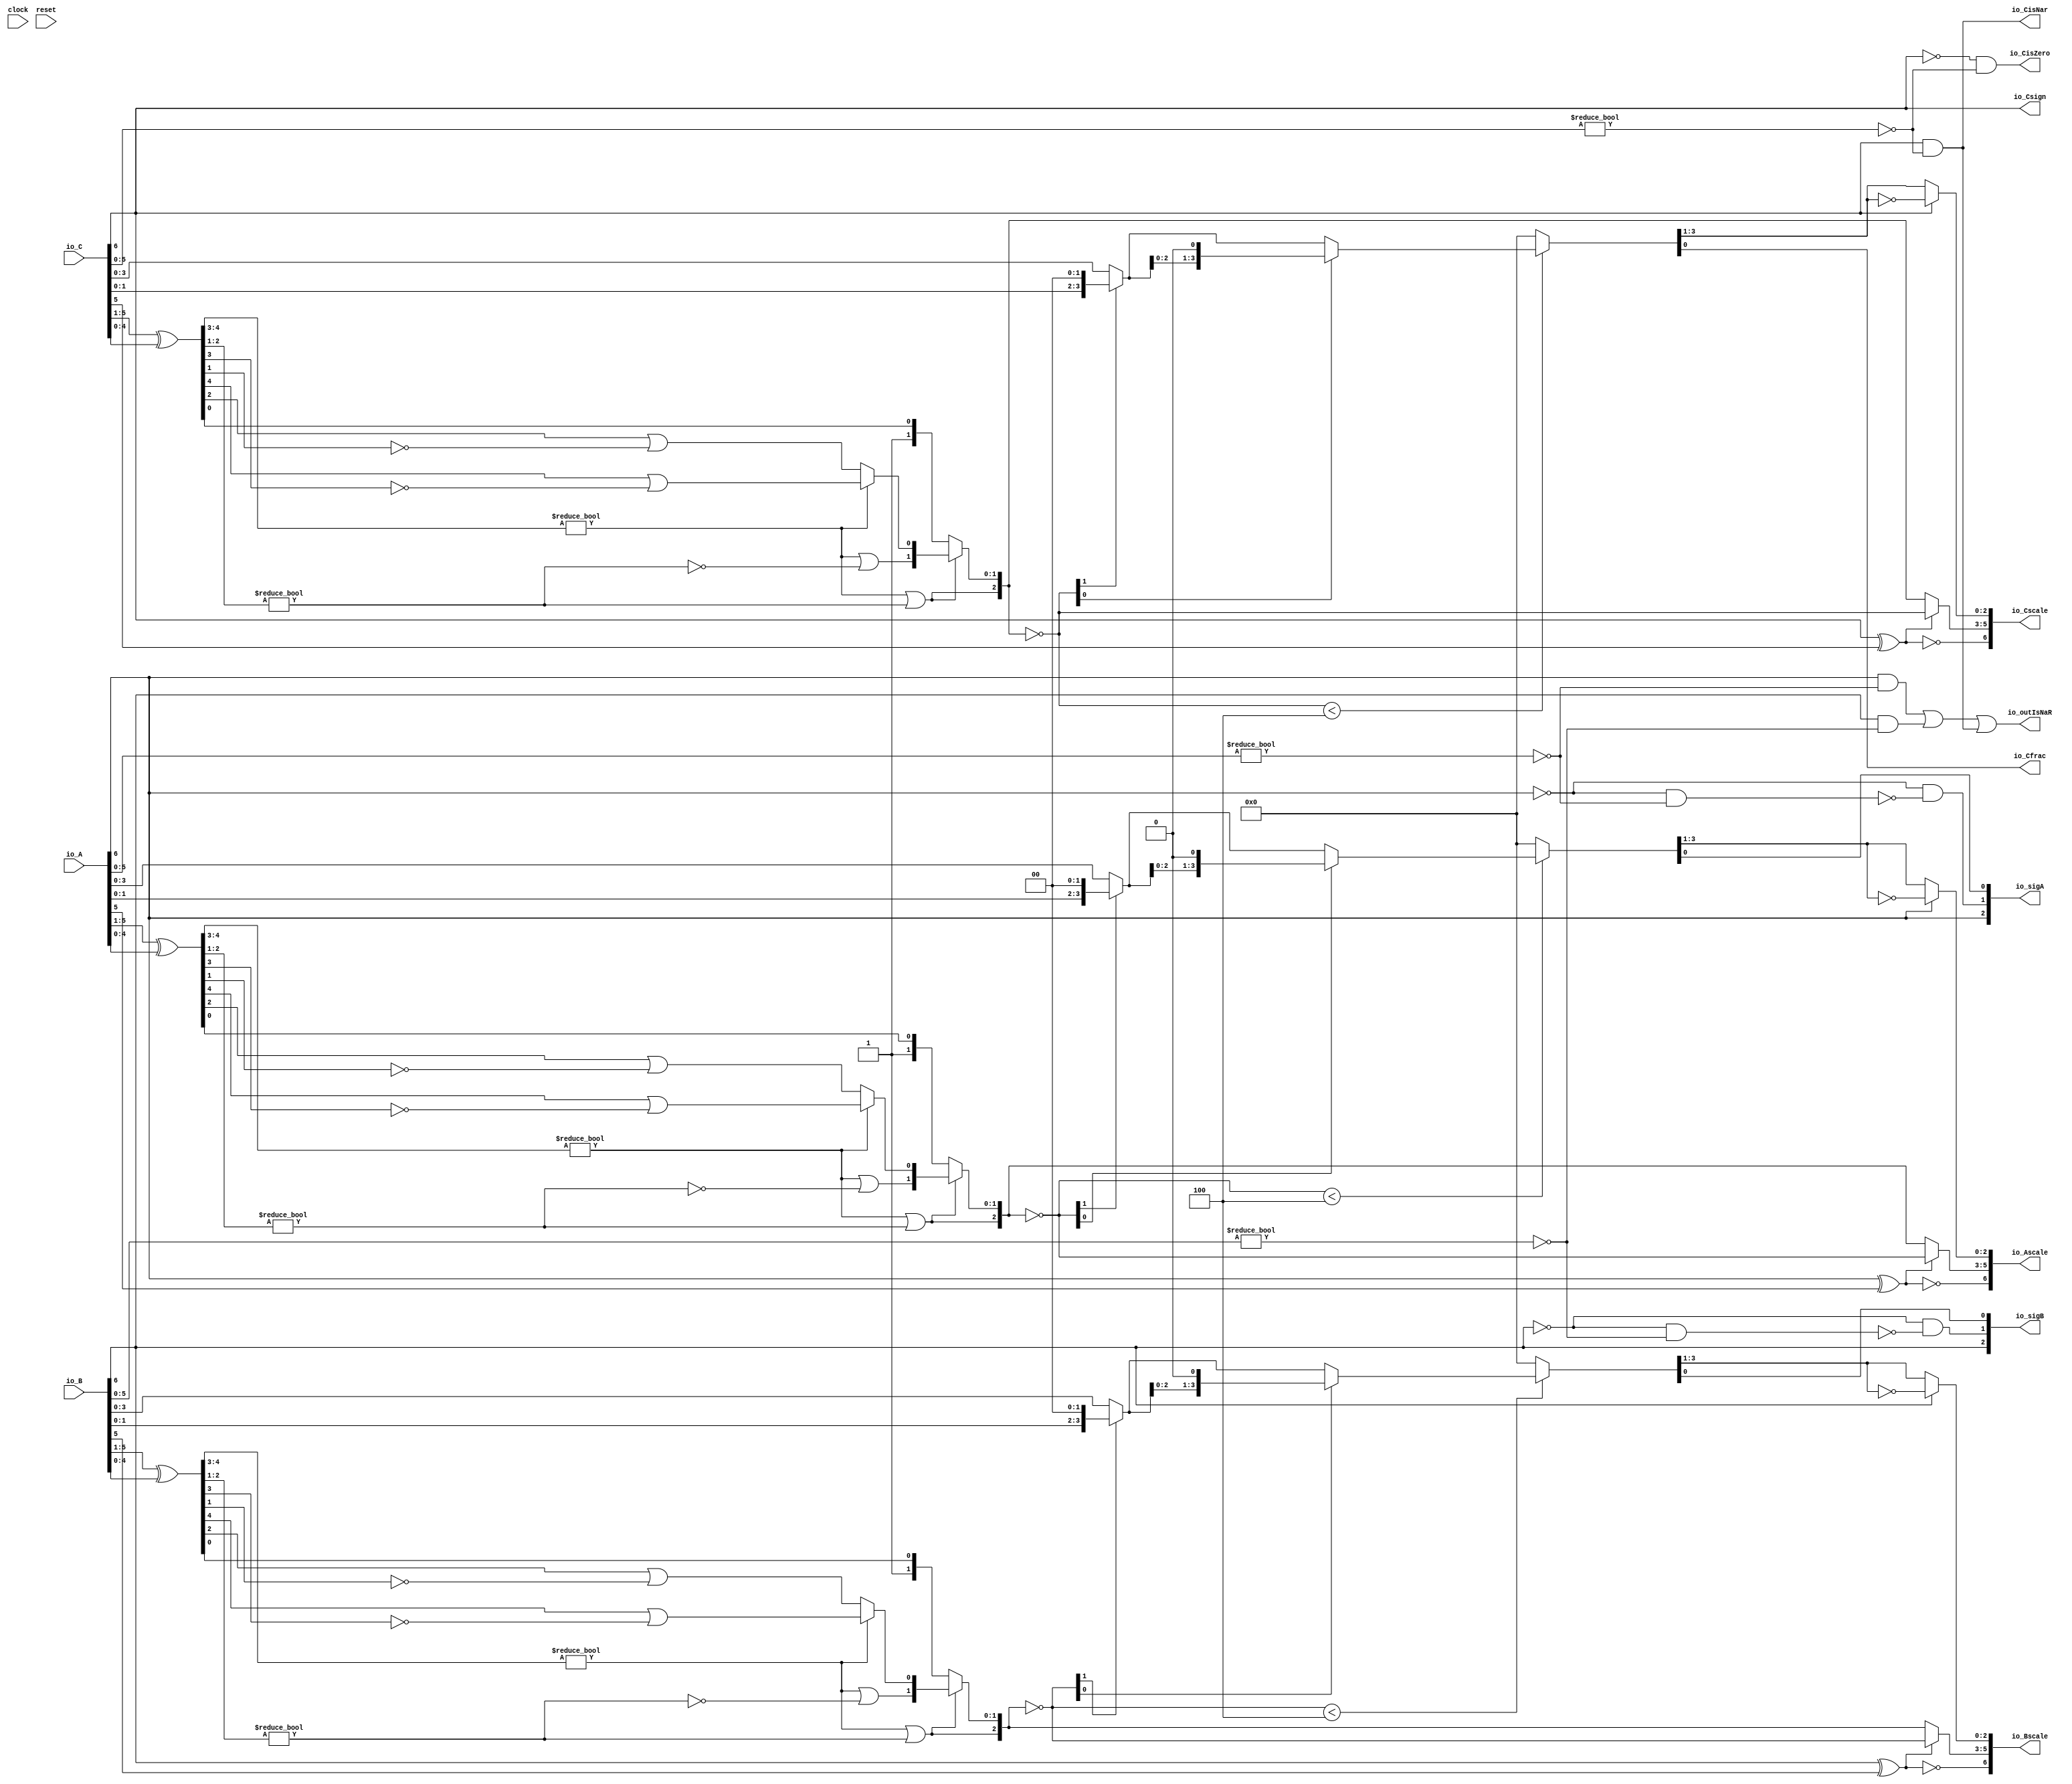
module FMA_Dec7_3(
  input        clock,
  input        reset,
  input  [6:0] io_A,
  input  [6:0] io_B,
  input  [6:0] io_C,
  output [2:0] io_sigA,
  output [2:0] io_sigB,
  output       io_outIsNaR,
  output       io_Csign,
  output       io_CisNar,
  output       io_CisZero,
  output       io_Cfrac,
  output [6:0] io_Ascale,
  output [6:0] io_Bscale,
  output [6:0] io_Cscale
);
  wire [7:0] _T_2; // @[FMA_Dec.scala 38:46]
  wire [6:0] realA; // @[FMA_Dec.scala 38:46]
  wire [7:0] _T_5; // @[FMA_Dec.scala 39:46]
  wire [6:0] realC; // @[FMA_Dec.scala 39:46]
  wire  _T_7; // @[convert.scala 18:24]
  wire  _T_8; // @[convert.scala 18:40]
  wire  _T_9; // @[convert.scala 18:36]
  wire [4:0] _T_10; // @[convert.scala 19:24]
  wire [4:0] _T_11; // @[convert.scala 19:43]
  wire [4:0] _T_12; // @[convert.scala 19:39]
  wire [3:0] _T_13; // @[LZD.scala 43:32]
  wire [1:0] _T_14; // @[LZD.scala 43:32]
  wire  _T_15; // @[LZD.scala 39:14]
  wire  _T_16; // @[LZD.scala 39:21]
  wire  _T_17; // @[LZD.scala 39:30]
  wire  _T_18; // @[LZD.scala 39:27]
  wire  _T_19; // @[LZD.scala 39:25]
  wire [1:0] _T_20; // @[Cat.scala 29:58]
  wire [1:0] _T_21; // @[LZD.scala 44:32]
  wire  _T_22; // @[LZD.scala 39:14]
  wire  _T_23; // @[LZD.scala 39:21]
  wire  _T_24; // @[LZD.scala 39:30]
  wire  _T_25; // @[LZD.scala 39:27]
  wire  _T_26; // @[LZD.scala 39:25]
  wire [1:0] _T_27; // @[Cat.scala 29:58]
  wire  _T_28; // @[Shift.scala 12:21]
  wire  _T_29; // @[Shift.scala 12:21]
  wire  _T_30; // @[LZD.scala 49:16]
  wire  _T_31; // @[LZD.scala 49:27]
  wire  _T_32; // @[LZD.scala 49:25]
  wire  _T_33; // @[LZD.scala 49:47]
  wire  _T_34; // @[LZD.scala 49:59]
  wire  _T_35; // @[LZD.scala 49:35]
  wire [2:0] _T_37; // @[Cat.scala 29:58]
  wire  _T_38; // @[LZD.scala 44:32]
  wire  _T_40; // @[Shift.scala 12:21]
  wire [1:0] _T_42; // @[Cat.scala 29:58]
  wire [1:0] _T_43; // @[LZD.scala 55:32]
  wire [1:0] _T_44; // @[LZD.scala 55:20]
  wire [2:0] _T_45; // @[Cat.scala 29:58]
  wire [2:0] _T_46; // @[convert.scala 21:22]
  wire [3:0] _T_47; // @[convert.scala 22:36]
  wire  _T_48; // @[Shift.scala 16:24]
  wire [1:0] _T_49; // @[Shift.scala 17:37]
  wire  _T_50; // @[Shift.scala 12:21]
  wire [1:0] _T_51; // @[Shift.scala 64:52]
  wire [3:0] _T_53; // @[Cat.scala 29:58]
  wire [3:0] _T_54; // @[Shift.scala 64:27]
  wire  _T_55; // @[Shift.scala 66:70]
  wire [2:0] _T_57; // @[Shift.scala 64:52]
  wire [3:0] _T_58; // @[Cat.scala 29:58]
  wire [3:0] _T_59; // @[Shift.scala 64:27]
  wire [3:0] _T_60; // @[Shift.scala 16:10]
  wire [2:0] _T_61; // @[convert.scala 23:34]
  wire  decA_fraction; // @[convert.scala 24:34]
  wire  _T_63; // @[convert.scala 25:26]
  wire [2:0] _T_65; // @[convert.scala 25:42]
  wire [2:0] _T_68; // @[convert.scala 26:67]
  wire [2:0] _T_69; // @[convert.scala 26:51]
  wire [6:0] _T_70; // @[Cat.scala 29:58]
  wire [5:0] _T_72; // @[convert.scala 29:56]
  wire  _T_73; // @[convert.scala 29:60]
  wire  _T_74; // @[convert.scala 29:41]
  wire  decA_isNaR; // @[convert.scala 29:39]
  wire  _T_77; // @[convert.scala 30:19]
  wire  decA_isZero; // @[convert.scala 30:41]
  wire  _T_86; // @[convert.scala 18:24]
  wire  _T_87; // @[convert.scala 18:40]
  wire  _T_88; // @[convert.scala 18:36]
  wire [4:0] _T_89; // @[convert.scala 19:24]
  wire [4:0] _T_90; // @[convert.scala 19:43]
  wire [4:0] _T_91; // @[convert.scala 19:39]
  wire [3:0] _T_92; // @[LZD.scala 43:32]
  wire [1:0] _T_93; // @[LZD.scala 43:32]
  wire  _T_94; // @[LZD.scala 39:14]
  wire  _T_95; // @[LZD.scala 39:21]
  wire  _T_96; // @[LZD.scala 39:30]
  wire  _T_97; // @[LZD.scala 39:27]
  wire  _T_98; // @[LZD.scala 39:25]
  wire [1:0] _T_99; // @[Cat.scala 29:58]
  wire [1:0] _T_100; // @[LZD.scala 44:32]
  wire  _T_101; // @[LZD.scala 39:14]
  wire  _T_102; // @[LZD.scala 39:21]
  wire  _T_103; // @[LZD.scala 39:30]
  wire  _T_104; // @[LZD.scala 39:27]
  wire  _T_105; // @[LZD.scala 39:25]
  wire [1:0] _T_106; // @[Cat.scala 29:58]
  wire  _T_107; // @[Shift.scala 12:21]
  wire  _T_108; // @[Shift.scala 12:21]
  wire  _T_109; // @[LZD.scala 49:16]
  wire  _T_110; // @[LZD.scala 49:27]
  wire  _T_111; // @[LZD.scala 49:25]
  wire  _T_112; // @[LZD.scala 49:47]
  wire  _T_113; // @[LZD.scala 49:59]
  wire  _T_114; // @[LZD.scala 49:35]
  wire [2:0] _T_116; // @[Cat.scala 29:58]
  wire  _T_117; // @[LZD.scala 44:32]
  wire  _T_119; // @[Shift.scala 12:21]
  wire [1:0] _T_121; // @[Cat.scala 29:58]
  wire [1:0] _T_122; // @[LZD.scala 55:32]
  wire [1:0] _T_123; // @[LZD.scala 55:20]
  wire [2:0] _T_124; // @[Cat.scala 29:58]
  wire [2:0] _T_125; // @[convert.scala 21:22]
  wire [3:0] _T_126; // @[convert.scala 22:36]
  wire  _T_127; // @[Shift.scala 16:24]
  wire [1:0] _T_128; // @[Shift.scala 17:37]
  wire  _T_129; // @[Shift.scala 12:21]
  wire [1:0] _T_130; // @[Shift.scala 64:52]
  wire [3:0] _T_132; // @[Cat.scala 29:58]
  wire [3:0] _T_133; // @[Shift.scala 64:27]
  wire  _T_134; // @[Shift.scala 66:70]
  wire [2:0] _T_136; // @[Shift.scala 64:52]
  wire [3:0] _T_137; // @[Cat.scala 29:58]
  wire [3:0] _T_138; // @[Shift.scala 64:27]
  wire [3:0] _T_139; // @[Shift.scala 16:10]
  wire [2:0] _T_140; // @[convert.scala 23:34]
  wire  decB_fraction; // @[convert.scala 24:34]
  wire  _T_142; // @[convert.scala 25:26]
  wire [2:0] _T_144; // @[convert.scala 25:42]
  wire [2:0] _T_147; // @[convert.scala 26:67]
  wire [2:0] _T_148; // @[convert.scala 26:51]
  wire [6:0] _T_149; // @[Cat.scala 29:58]
  wire [5:0] _T_151; // @[convert.scala 29:56]
  wire  _T_152; // @[convert.scala 29:60]
  wire  _T_153; // @[convert.scala 29:41]
  wire  decB_isNaR; // @[convert.scala 29:39]
  wire  _T_156; // @[convert.scala 30:19]
  wire  decB_isZero; // @[convert.scala 30:41]
  wire  _T_165; // @[convert.scala 18:24]
  wire  _T_166; // @[convert.scala 18:40]
  wire  _T_167; // @[convert.scala 18:36]
  wire [4:0] _T_168; // @[convert.scala 19:24]
  wire [4:0] _T_169; // @[convert.scala 19:43]
  wire [4:0] _T_170; // @[convert.scala 19:39]
  wire [3:0] _T_171; // @[LZD.scala 43:32]
  wire [1:0] _T_172; // @[LZD.scala 43:32]
  wire  _T_173; // @[LZD.scala 39:14]
  wire  _T_174; // @[LZD.scala 39:21]
  wire  _T_175; // @[LZD.scala 39:30]
  wire  _T_176; // @[LZD.scala 39:27]
  wire  _T_177; // @[LZD.scala 39:25]
  wire [1:0] _T_178; // @[Cat.scala 29:58]
  wire [1:0] _T_179; // @[LZD.scala 44:32]
  wire  _T_180; // @[LZD.scala 39:14]
  wire  _T_181; // @[LZD.scala 39:21]
  wire  _T_182; // @[LZD.scala 39:30]
  wire  _T_183; // @[LZD.scala 39:27]
  wire  _T_184; // @[LZD.scala 39:25]
  wire [1:0] _T_185; // @[Cat.scala 29:58]
  wire  _T_186; // @[Shift.scala 12:21]
  wire  _T_187; // @[Shift.scala 12:21]
  wire  _T_188; // @[LZD.scala 49:16]
  wire  _T_189; // @[LZD.scala 49:27]
  wire  _T_190; // @[LZD.scala 49:25]
  wire  _T_191; // @[LZD.scala 49:47]
  wire  _T_192; // @[LZD.scala 49:59]
  wire  _T_193; // @[LZD.scala 49:35]
  wire [2:0] _T_195; // @[Cat.scala 29:58]
  wire  _T_196; // @[LZD.scala 44:32]
  wire  _T_198; // @[Shift.scala 12:21]
  wire [1:0] _T_200; // @[Cat.scala 29:58]
  wire [1:0] _T_201; // @[LZD.scala 55:32]
  wire [1:0] _T_202; // @[LZD.scala 55:20]
  wire [2:0] _T_203; // @[Cat.scala 29:58]
  wire [2:0] _T_204; // @[convert.scala 21:22]
  wire [3:0] _T_205; // @[convert.scala 22:36]
  wire  _T_206; // @[Shift.scala 16:24]
  wire [1:0] _T_207; // @[Shift.scala 17:37]
  wire  _T_208; // @[Shift.scala 12:21]
  wire [1:0] _T_209; // @[Shift.scala 64:52]
  wire [3:0] _T_211; // @[Cat.scala 29:58]
  wire [3:0] _T_212; // @[Shift.scala 64:27]
  wire  _T_213; // @[Shift.scala 66:70]
  wire [2:0] _T_215; // @[Shift.scala 64:52]
  wire [3:0] _T_216; // @[Cat.scala 29:58]
  wire [3:0] _T_217; // @[Shift.scala 64:27]
  wire [3:0] _T_218; // @[Shift.scala 16:10]
  wire [2:0] _T_219; // @[convert.scala 23:34]
  wire  _T_221; // @[convert.scala 25:26]
  wire [2:0] _T_223; // @[convert.scala 25:42]
  wire [2:0] _T_226; // @[convert.scala 26:67]
  wire [2:0] _T_227; // @[convert.scala 26:51]
  wire [6:0] _T_228; // @[Cat.scala 29:58]
  wire [5:0] _T_230; // @[convert.scala 29:56]
  wire  _T_231; // @[convert.scala 29:60]
  wire  _T_232; // @[convert.scala 29:41]
  wire  decC_isNaR; // @[convert.scala 29:39]
  wire  _T_235; // @[convert.scala 30:19]
  wire  _T_243; // @[FMA_Dec.scala 46:30]
  wire  _T_245; // @[FMA_Dec.scala 49:34]
  wire  _T_246; // @[FMA_Dec.scala 49:47]
  wire  _T_247; // @[FMA_Dec.scala 49:45]
  wire [2:0] _T_249; // @[Cat.scala 29:58]
  wire  _T_251; // @[FMA_Dec.scala 50:34]
  wire  _T_252; // @[FMA_Dec.scala 50:47]
  wire  _T_253; // @[FMA_Dec.scala 50:45]
  wire [2:0] _T_255; // @[Cat.scala 29:58]
  assign _T_2 = {{1'd0}, io_A}; // @[FMA_Dec.scala 38:46]
  assign realA = _T_2[6:0]; // @[FMA_Dec.scala 38:46]
  assign _T_5 = {{1'd0}, io_C}; // @[FMA_Dec.scala 39:46]
  assign realC = _T_5[6:0]; // @[FMA_Dec.scala 39:46]
  assign _T_7 = realA[6]; // @[convert.scala 18:24]
  assign _T_8 = realA[5]; // @[convert.scala 18:40]
  assign _T_9 = _T_7 ^ _T_8; // @[convert.scala 18:36]
  assign _T_10 = realA[5:1]; // @[convert.scala 19:24]
  assign _T_11 = realA[4:0]; // @[convert.scala 19:43]
  assign _T_12 = _T_10 ^ _T_11; // @[convert.scala 19:39]
  assign _T_13 = _T_12[4:1]; // @[LZD.scala 43:32]
  assign _T_14 = _T_13[3:2]; // @[LZD.scala 43:32]
  assign _T_15 = _T_14 != 2'h0; // @[LZD.scala 39:14]
  assign _T_16 = _T_14[1]; // @[LZD.scala 39:21]
  assign _T_17 = _T_14[0]; // @[LZD.scala 39:30]
  assign _T_18 = ~ _T_17; // @[LZD.scala 39:27]
  assign _T_19 = _T_16 | _T_18; // @[LZD.scala 39:25]
  assign _T_20 = {_T_15,_T_19}; // @[Cat.scala 29:58]
  assign _T_21 = _T_13[1:0]; // @[LZD.scala 44:32]
  assign _T_22 = _T_21 != 2'h0; // @[LZD.scala 39:14]
  assign _T_23 = _T_21[1]; // @[LZD.scala 39:21]
  assign _T_24 = _T_21[0]; // @[LZD.scala 39:30]
  assign _T_25 = ~ _T_24; // @[LZD.scala 39:27]
  assign _T_26 = _T_23 | _T_25; // @[LZD.scala 39:25]
  assign _T_27 = {_T_22,_T_26}; // @[Cat.scala 29:58]
  assign _T_28 = _T_20[1]; // @[Shift.scala 12:21]
  assign _T_29 = _T_27[1]; // @[Shift.scala 12:21]
  assign _T_30 = _T_28 | _T_29; // @[LZD.scala 49:16]
  assign _T_31 = ~ _T_29; // @[LZD.scala 49:27]
  assign _T_32 = _T_28 | _T_31; // @[LZD.scala 49:25]
  assign _T_33 = _T_20[0:0]; // @[LZD.scala 49:47]
  assign _T_34 = _T_27[0:0]; // @[LZD.scala 49:59]
  assign _T_35 = _T_28 ? _T_33 : _T_34; // @[LZD.scala 49:35]
  assign _T_37 = {_T_30,_T_32,_T_35}; // @[Cat.scala 29:58]
  assign _T_38 = _T_12[0:0]; // @[LZD.scala 44:32]
  assign _T_40 = _T_37[2]; // @[Shift.scala 12:21]
  assign _T_42 = {1'h1,_T_38}; // @[Cat.scala 29:58]
  assign _T_43 = _T_37[1:0]; // @[LZD.scala 55:32]
  assign _T_44 = _T_40 ? _T_43 : _T_42; // @[LZD.scala 55:20]
  assign _T_45 = {_T_40,_T_44}; // @[Cat.scala 29:58]
  assign _T_46 = ~ _T_45; // @[convert.scala 21:22]
  assign _T_47 = realA[3:0]; // @[convert.scala 22:36]
  assign _T_48 = _T_46 < 3'h4; // @[Shift.scala 16:24]
  assign _T_49 = _T_46[1:0]; // @[Shift.scala 17:37]
  assign _T_50 = _T_49[1]; // @[Shift.scala 12:21]
  assign _T_51 = _T_47[1:0]; // @[Shift.scala 64:52]
  assign _T_53 = {_T_51,2'h0}; // @[Cat.scala 29:58]
  assign _T_54 = _T_50 ? _T_53 : _T_47; // @[Shift.scala 64:27]
  assign _T_55 = _T_49[0:0]; // @[Shift.scala 66:70]
  assign _T_57 = _T_54[2:0]; // @[Shift.scala 64:52]
  assign _T_58 = {_T_57,1'h0}; // @[Cat.scala 29:58]
  assign _T_59 = _T_55 ? _T_58 : _T_54; // @[Shift.scala 64:27]
  assign _T_60 = _T_48 ? _T_59 : 4'h0; // @[Shift.scala 16:10]
  assign _T_61 = _T_60[3:1]; // @[convert.scala 23:34]
  assign decA_fraction = _T_60[0:0]; // @[convert.scala 24:34]
  assign _T_63 = _T_9 == 1'h0; // @[convert.scala 25:26]
  assign _T_65 = _T_9 ? _T_46 : _T_45; // @[convert.scala 25:42]
  assign _T_68 = ~ _T_61; // @[convert.scala 26:67]
  assign _T_69 = _T_7 ? _T_68 : _T_61; // @[convert.scala 26:51]
  assign _T_70 = {_T_63,_T_65,_T_69}; // @[Cat.scala 29:58]
  assign _T_72 = realA[5:0]; // @[convert.scala 29:56]
  assign _T_73 = _T_72 != 6'h0; // @[convert.scala 29:60]
  assign _T_74 = ~ _T_73; // @[convert.scala 29:41]
  assign decA_isNaR = _T_7 & _T_74; // @[convert.scala 29:39]
  assign _T_77 = _T_7 == 1'h0; // @[convert.scala 30:19]
  assign decA_isZero = _T_77 & _T_74; // @[convert.scala 30:41]
  assign _T_86 = io_B[6]; // @[convert.scala 18:24]
  assign _T_87 = io_B[5]; // @[convert.scala 18:40]
  assign _T_88 = _T_86 ^ _T_87; // @[convert.scala 18:36]
  assign _T_89 = io_B[5:1]; // @[convert.scala 19:24]
  assign _T_90 = io_B[4:0]; // @[convert.scala 19:43]
  assign _T_91 = _T_89 ^ _T_90; // @[convert.scala 19:39]
  assign _T_92 = _T_91[4:1]; // @[LZD.scala 43:32]
  assign _T_93 = _T_92[3:2]; // @[LZD.scala 43:32]
  assign _T_94 = _T_93 != 2'h0; // @[LZD.scala 39:14]
  assign _T_95 = _T_93[1]; // @[LZD.scala 39:21]
  assign _T_96 = _T_93[0]; // @[LZD.scala 39:30]
  assign _T_97 = ~ _T_96; // @[LZD.scala 39:27]
  assign _T_98 = _T_95 | _T_97; // @[LZD.scala 39:25]
  assign _T_99 = {_T_94,_T_98}; // @[Cat.scala 29:58]
  assign _T_100 = _T_92[1:0]; // @[LZD.scala 44:32]
  assign _T_101 = _T_100 != 2'h0; // @[LZD.scala 39:14]
  assign _T_102 = _T_100[1]; // @[LZD.scala 39:21]
  assign _T_103 = _T_100[0]; // @[LZD.scala 39:30]
  assign _T_104 = ~ _T_103; // @[LZD.scala 39:27]
  assign _T_105 = _T_102 | _T_104; // @[LZD.scala 39:25]
  assign _T_106 = {_T_101,_T_105}; // @[Cat.scala 29:58]
  assign _T_107 = _T_99[1]; // @[Shift.scala 12:21]
  assign _T_108 = _T_106[1]; // @[Shift.scala 12:21]
  assign _T_109 = _T_107 | _T_108; // @[LZD.scala 49:16]
  assign _T_110 = ~ _T_108; // @[LZD.scala 49:27]
  assign _T_111 = _T_107 | _T_110; // @[LZD.scala 49:25]
  assign _T_112 = _T_99[0:0]; // @[LZD.scala 49:47]
  assign _T_113 = _T_106[0:0]; // @[LZD.scala 49:59]
  assign _T_114 = _T_107 ? _T_112 : _T_113; // @[LZD.scala 49:35]
  assign _T_116 = {_T_109,_T_111,_T_114}; // @[Cat.scala 29:58]
  assign _T_117 = _T_91[0:0]; // @[LZD.scala 44:32]
  assign _T_119 = _T_116[2]; // @[Shift.scala 12:21]
  assign _T_121 = {1'h1,_T_117}; // @[Cat.scala 29:58]
  assign _T_122 = _T_116[1:0]; // @[LZD.scala 55:32]
  assign _T_123 = _T_119 ? _T_122 : _T_121; // @[LZD.scala 55:20]
  assign _T_124 = {_T_119,_T_123}; // @[Cat.scala 29:58]
  assign _T_125 = ~ _T_124; // @[convert.scala 21:22]
  assign _T_126 = io_B[3:0]; // @[convert.scala 22:36]
  assign _T_127 = _T_125 < 3'h4; // @[Shift.scala 16:24]
  assign _T_128 = _T_125[1:0]; // @[Shift.scala 17:37]
  assign _T_129 = _T_128[1]; // @[Shift.scala 12:21]
  assign _T_130 = _T_126[1:0]; // @[Shift.scala 64:52]
  assign _T_132 = {_T_130,2'h0}; // @[Cat.scala 29:58]
  assign _T_133 = _T_129 ? _T_132 : _T_126; // @[Shift.scala 64:27]
  assign _T_134 = _T_128[0:0]; // @[Shift.scala 66:70]
  assign _T_136 = _T_133[2:0]; // @[Shift.scala 64:52]
  assign _T_137 = {_T_136,1'h0}; // @[Cat.scala 29:58]
  assign _T_138 = _T_134 ? _T_137 : _T_133; // @[Shift.scala 64:27]
  assign _T_139 = _T_127 ? _T_138 : 4'h0; // @[Shift.scala 16:10]
  assign _T_140 = _T_139[3:1]; // @[convert.scala 23:34]
  assign decB_fraction = _T_139[0:0]; // @[convert.scala 24:34]
  assign _T_142 = _T_88 == 1'h0; // @[convert.scala 25:26]
  assign _T_144 = _T_88 ? _T_125 : _T_124; // @[convert.scala 25:42]
  assign _T_147 = ~ _T_140; // @[convert.scala 26:67]
  assign _T_148 = _T_86 ? _T_147 : _T_140; // @[convert.scala 26:51]
  assign _T_149 = {_T_142,_T_144,_T_148}; // @[Cat.scala 29:58]
  assign _T_151 = io_B[5:0]; // @[convert.scala 29:56]
  assign _T_152 = _T_151 != 6'h0; // @[convert.scala 29:60]
  assign _T_153 = ~ _T_152; // @[convert.scala 29:41]
  assign decB_isNaR = _T_86 & _T_153; // @[convert.scala 29:39]
  assign _T_156 = _T_86 == 1'h0; // @[convert.scala 30:19]
  assign decB_isZero = _T_156 & _T_153; // @[convert.scala 30:41]
  assign _T_165 = realC[6]; // @[convert.scala 18:24]
  assign _T_166 = realC[5]; // @[convert.scala 18:40]
  assign _T_167 = _T_165 ^ _T_166; // @[convert.scala 18:36]
  assign _T_168 = realC[5:1]; // @[convert.scala 19:24]
  assign _T_169 = realC[4:0]; // @[convert.scala 19:43]
  assign _T_170 = _T_168 ^ _T_169; // @[convert.scala 19:39]
  assign _T_171 = _T_170[4:1]; // @[LZD.scala 43:32]
  assign _T_172 = _T_171[3:2]; // @[LZD.scala 43:32]
  assign _T_173 = _T_172 != 2'h0; // @[LZD.scala 39:14]
  assign _T_174 = _T_172[1]; // @[LZD.scala 39:21]
  assign _T_175 = _T_172[0]; // @[LZD.scala 39:30]
  assign _T_176 = ~ _T_175; // @[LZD.scala 39:27]
  assign _T_177 = _T_174 | _T_176; // @[LZD.scala 39:25]
  assign _T_178 = {_T_173,_T_177}; // @[Cat.scala 29:58]
  assign _T_179 = _T_171[1:0]; // @[LZD.scala 44:32]
  assign _T_180 = _T_179 != 2'h0; // @[LZD.scala 39:14]
  assign _T_181 = _T_179[1]; // @[LZD.scala 39:21]
  assign _T_182 = _T_179[0]; // @[LZD.scala 39:30]
  assign _T_183 = ~ _T_182; // @[LZD.scala 39:27]
  assign _T_184 = _T_181 | _T_183; // @[LZD.scala 39:25]
  assign _T_185 = {_T_180,_T_184}; // @[Cat.scala 29:58]
  assign _T_186 = _T_178[1]; // @[Shift.scala 12:21]
  assign _T_187 = _T_185[1]; // @[Shift.scala 12:21]
  assign _T_188 = _T_186 | _T_187; // @[LZD.scala 49:16]
  assign _T_189 = ~ _T_187; // @[LZD.scala 49:27]
  assign _T_190 = _T_186 | _T_189; // @[LZD.scala 49:25]
  assign _T_191 = _T_178[0:0]; // @[LZD.scala 49:47]
  assign _T_192 = _T_185[0:0]; // @[LZD.scala 49:59]
  assign _T_193 = _T_186 ? _T_191 : _T_192; // @[LZD.scala 49:35]
  assign _T_195 = {_T_188,_T_190,_T_193}; // @[Cat.scala 29:58]
  assign _T_196 = _T_170[0:0]; // @[LZD.scala 44:32]
  assign _T_198 = _T_195[2]; // @[Shift.scala 12:21]
  assign _T_200 = {1'h1,_T_196}; // @[Cat.scala 29:58]
  assign _T_201 = _T_195[1:0]; // @[LZD.scala 55:32]
  assign _T_202 = _T_198 ? _T_201 : _T_200; // @[LZD.scala 55:20]
  assign _T_203 = {_T_198,_T_202}; // @[Cat.scala 29:58]
  assign _T_204 = ~ _T_203; // @[convert.scala 21:22]
  assign _T_205 = realC[3:0]; // @[convert.scala 22:36]
  assign _T_206 = _T_204 < 3'h4; // @[Shift.scala 16:24]
  assign _T_207 = _T_204[1:0]; // @[Shift.scala 17:37]
  assign _T_208 = _T_207[1]; // @[Shift.scala 12:21]
  assign _T_209 = _T_205[1:0]; // @[Shift.scala 64:52]
  assign _T_211 = {_T_209,2'h0}; // @[Cat.scala 29:58]
  assign _T_212 = _T_208 ? _T_211 : _T_205; // @[Shift.scala 64:27]
  assign _T_213 = _T_207[0:0]; // @[Shift.scala 66:70]
  assign _T_215 = _T_212[2:0]; // @[Shift.scala 64:52]
  assign _T_216 = {_T_215,1'h0}; // @[Cat.scala 29:58]
  assign _T_217 = _T_213 ? _T_216 : _T_212; // @[Shift.scala 64:27]
  assign _T_218 = _T_206 ? _T_217 : 4'h0; // @[Shift.scala 16:10]
  assign _T_219 = _T_218[3:1]; // @[convert.scala 23:34]
  assign _T_221 = _T_167 == 1'h0; // @[convert.scala 25:26]
  assign _T_223 = _T_167 ? _T_204 : _T_203; // @[convert.scala 25:42]
  assign _T_226 = ~ _T_219; // @[convert.scala 26:67]
  assign _T_227 = _T_165 ? _T_226 : _T_219; // @[convert.scala 26:51]
  assign _T_228 = {_T_221,_T_223,_T_227}; // @[Cat.scala 29:58]
  assign _T_230 = realC[5:0]; // @[convert.scala 29:56]
  assign _T_231 = _T_230 != 6'h0; // @[convert.scala 29:60]
  assign _T_232 = ~ _T_231; // @[convert.scala 29:41]
  assign decC_isNaR = _T_165 & _T_232; // @[convert.scala 29:39]
  assign _T_235 = _T_165 == 1'h0; // @[convert.scala 30:19]
  assign _T_243 = decA_isNaR | decB_isNaR; // @[FMA_Dec.scala 46:30]
  assign _T_245 = ~ _T_7; // @[FMA_Dec.scala 49:34]
  assign _T_246 = ~ decA_isZero; // @[FMA_Dec.scala 49:47]
  assign _T_247 = _T_245 & _T_246; // @[FMA_Dec.scala 49:45]
  assign _T_249 = {_T_7,_T_247,decA_fraction}; // @[Cat.scala 29:58]
  assign _T_251 = ~ _T_86; // @[FMA_Dec.scala 50:34]
  assign _T_252 = ~ decB_isZero; // @[FMA_Dec.scala 50:47]
  assign _T_253 = _T_251 & _T_252; // @[FMA_Dec.scala 50:45]
  assign _T_255 = {_T_86,_T_253,decB_fraction}; // @[Cat.scala 29:58]
  assign io_sigA = $signed(_T_249); // @[FMA_Dec.scala 49:16]
  assign io_sigB = $signed(_T_255); // @[FMA_Dec.scala 50:16]
  assign io_outIsNaR = _T_243 | decC_isNaR; // @[FMA_Dec.scala 46:16]
  assign io_Csign = realC[6]; // @[FMA_Dec.scala 55:12]
  assign io_CisNar = _T_165 & _T_232; // @[FMA_Dec.scala 51:17]
  assign io_CisZero = _T_235 & _T_232; // @[FMA_Dec.scala 52:17]
  assign io_Cfrac = _T_218[0:0]; // @[FMA_Dec.scala 53:17]
  assign io_Ascale = $signed(_T_70); // @[FMA_Dec.scala 47:13]
  assign io_Bscale = $signed(_T_149); // @[FMA_Dec.scala 48:13]
  assign io_Cscale = $signed(_T_228); // @[FMA_Dec.scala 54:16]
endmodule